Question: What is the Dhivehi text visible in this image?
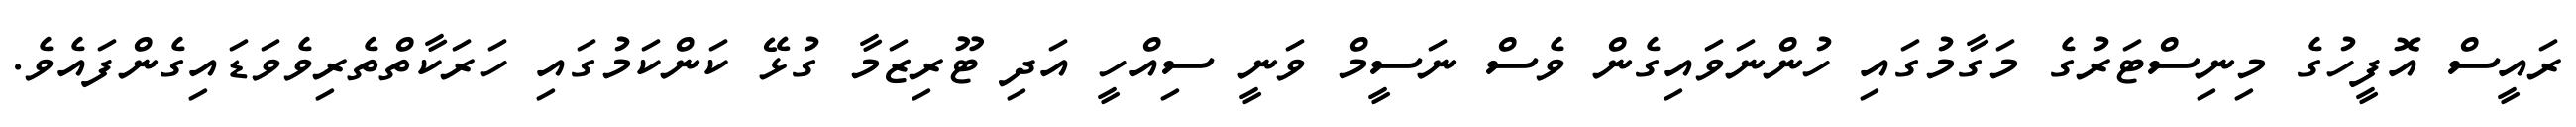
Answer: ރައީސް އޮފީހުގެ މިނިސްޓަރުގެ މަގާމުގައި ހުންނަވައިގެން ވެސް ނަސީމް ވަނީ ސިއްހީ އަދި ޓޫރިޒަމާ ގުޅޭ ކަންކަމުގައި ހަރަކާތްތެރިވެވަޑައިގެންފައެވެ.